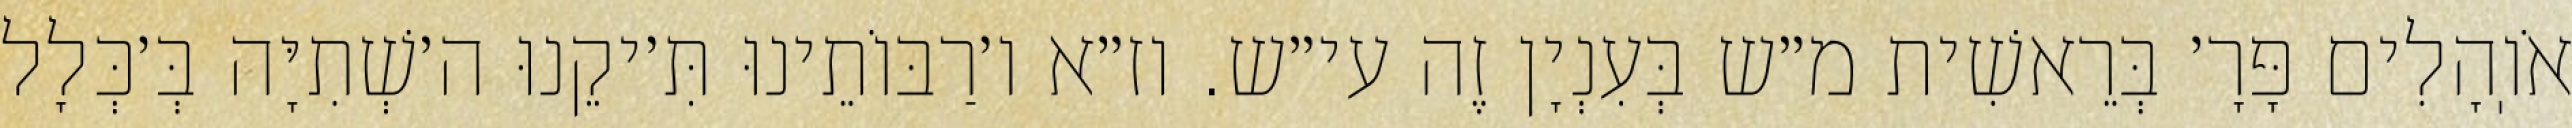
אֹוֽהָלִים פָּרָ׳ בְּרֵאשִׁית מ״ש בְּעִנְיָן זֶה עי״ש. וז״א ו׳רַבּוֹתֵינוּ תִּ׳יקֵנוּ ה׳שְׁתִיָּה בְּ׳כְּלָל